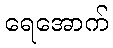
ရေအောက်